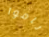
ناموا